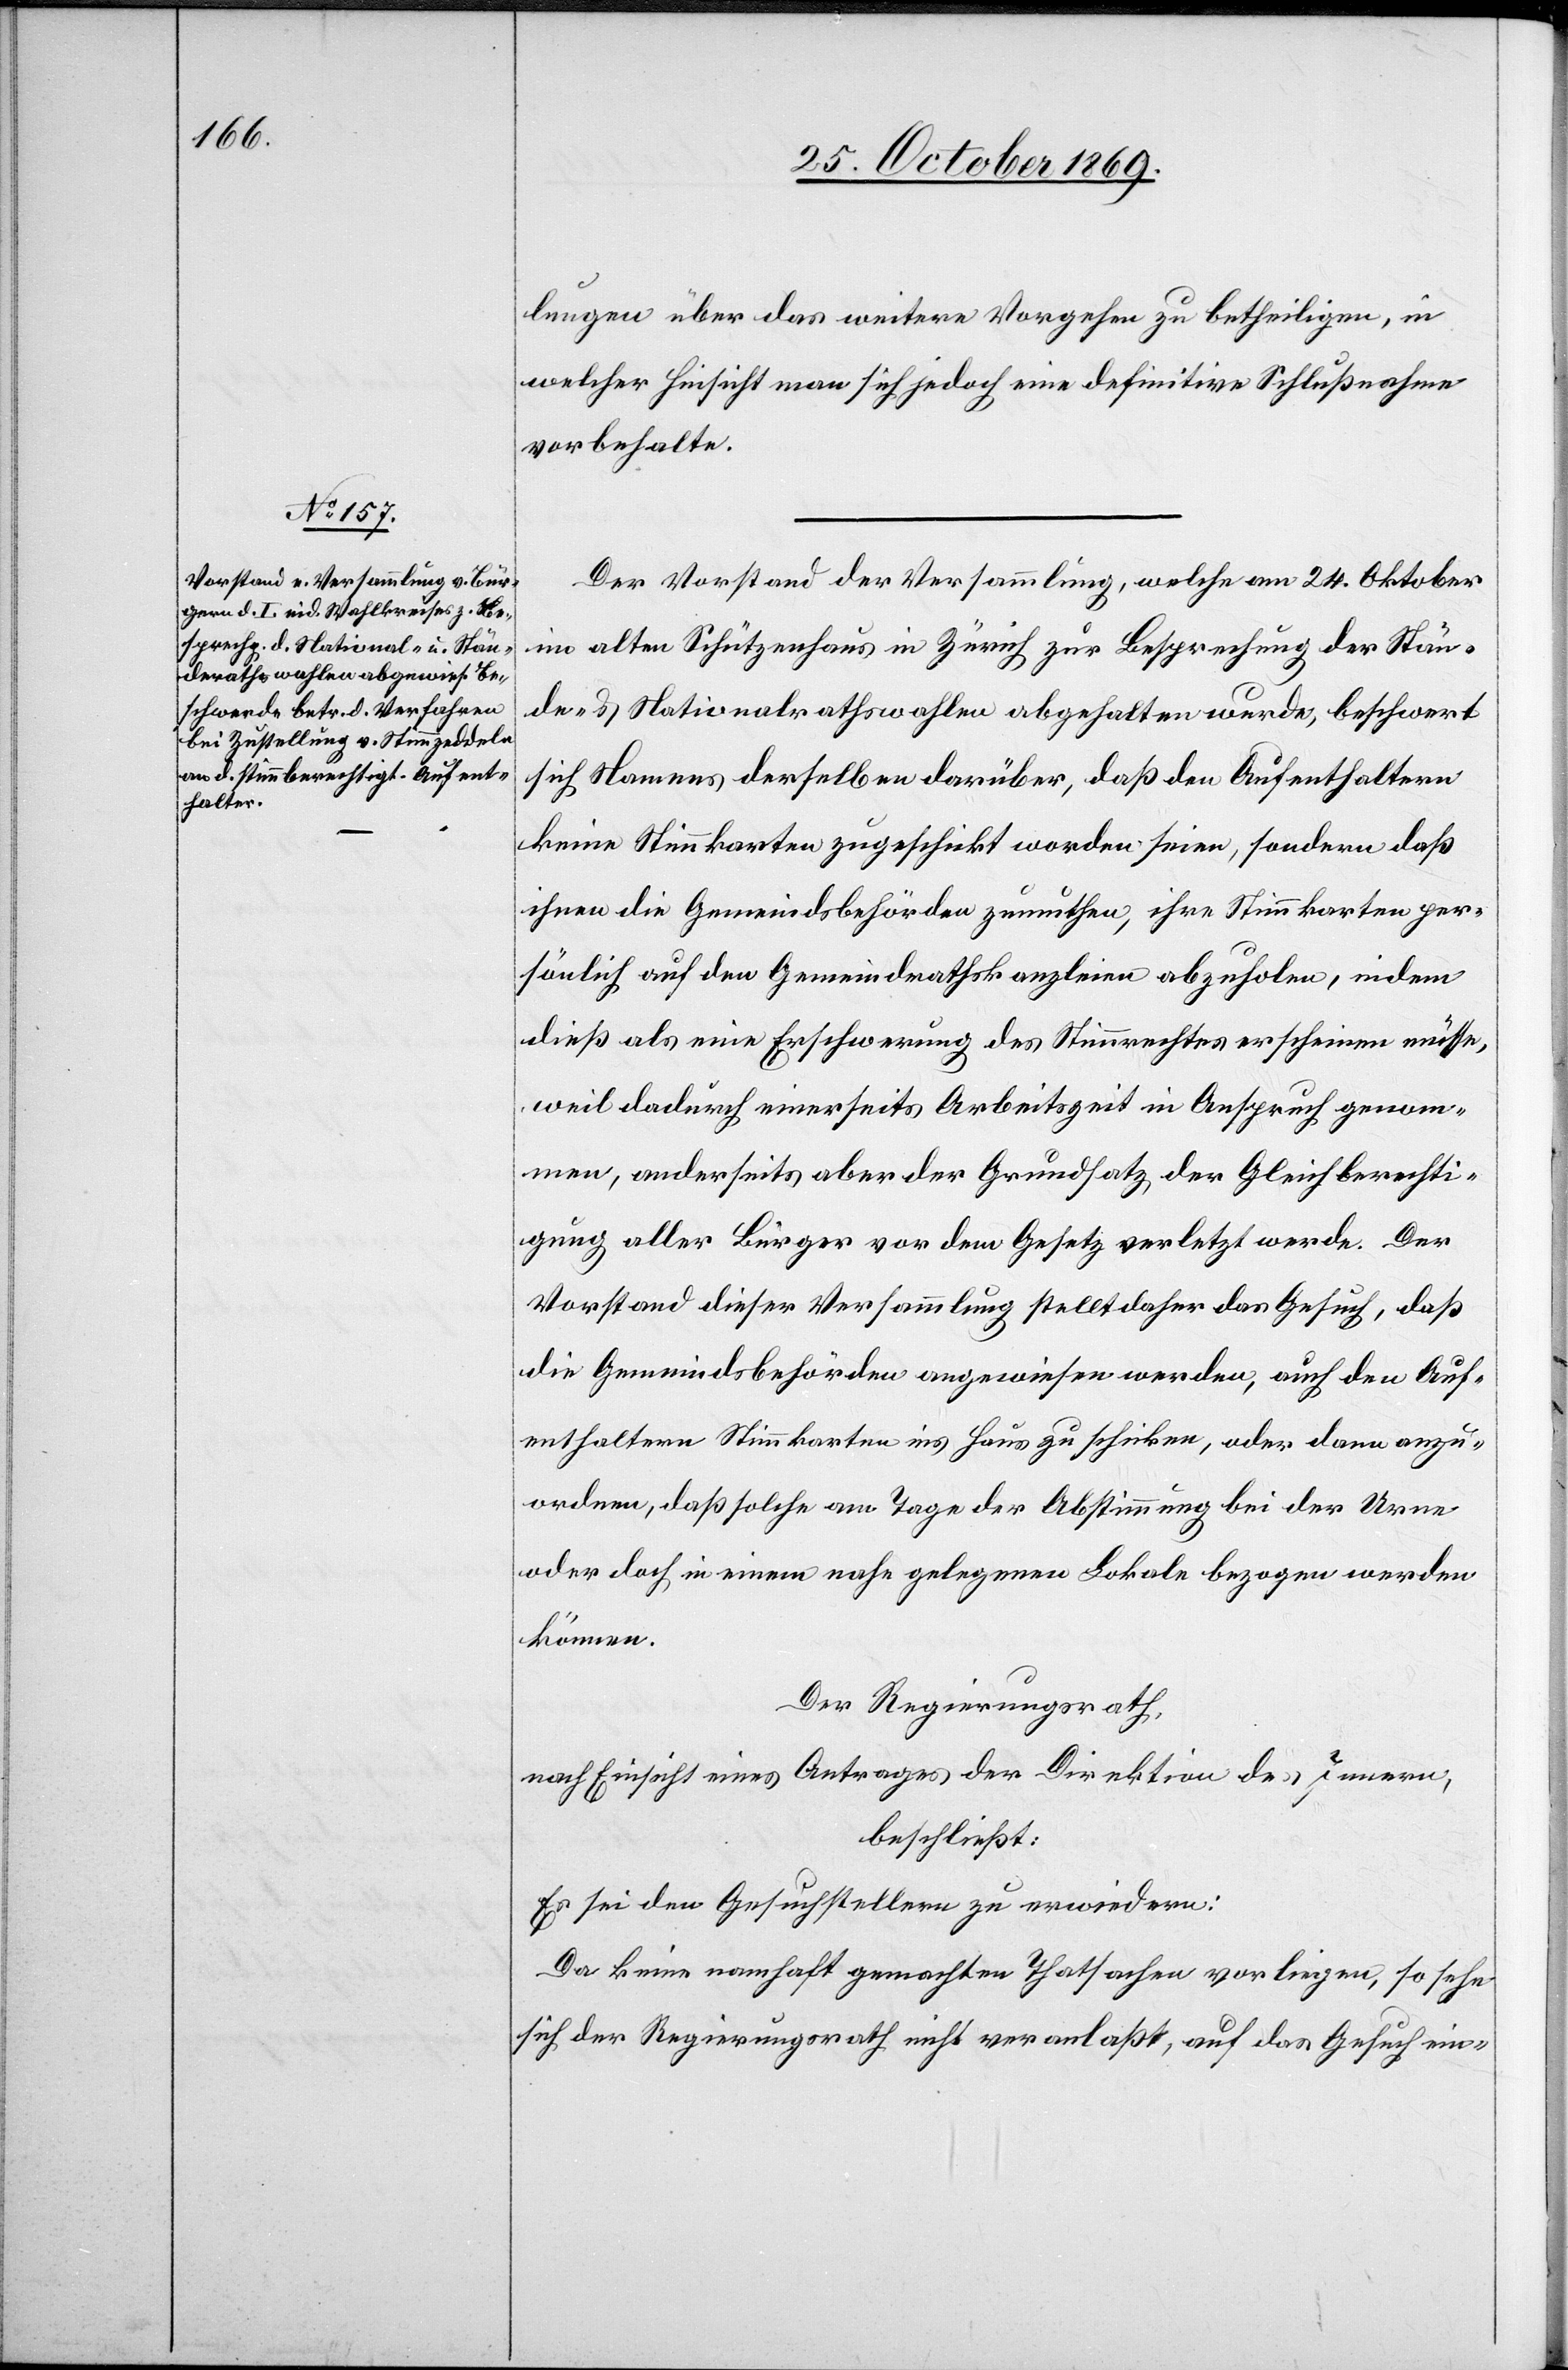
lungen über das weitere Vorgehen zu betheiligen, in
welcher Hinsicht man sich jedoch eine definitive Schlußnahme
vorbehalte.
Der Vorstand der Versammlung, welche am 24. Oktober
im alten Schützenhaus in Zürich zur Besprechung der Stän¬
de- & Nationalrathswahlen abgehalten wurde, beschwert
sich Namens derselben darüber, daß den Aufenthaltern
keine Stimmkarten zugeschickt worden seien, sondern daß
ihnen die Gemeindsbehörden zumuthen, ihre Stimmkarten per¬
sönlich auf den Gemeindrathskanzleien abzuholen, indem
dieß als eine Erschwerung des Stimmrechtes erscheinen müsse,
weil dadurch einerseits Arbeitszeit in Anspruch genom¬
men, anderseits aber der Grundsatz der Gleichberechti¬
gung aller Bürger vor dem Gesetz verletzt werde. Der
Vorstand dieser Versammlung stellt daher das Gesuch, daß
die Gemeindsbehörden angewiesen werden, auch den Auf¬
enthaltern Stimmkarten ins Haus zu schicken, oder dann anzu¬
ordnen, daß solche am Tage der Abstimmung bei der Urne
oder doch in einem nahe gelegenen Lokale bezogen werden
können.
Der Regierungsrath,
nach Einsicht eines Antrages der Direktion des Innern,
beschließt:
Es sei den Gesuchstellern zu erwiedern:
Da keine namhaft gemachten Thatsachen vorliegen, so sehe
sich der Regierungsrath nicht veranlaßt, auf das Gesuch ein-